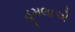
હૂમલાએ